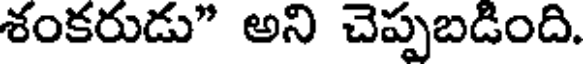
శంకరుడు" అని చెప్పబడింది.